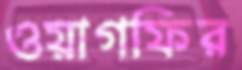
ওয়াগফির